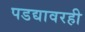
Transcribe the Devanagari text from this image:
पडद्यावरही